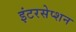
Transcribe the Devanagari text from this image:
इंटरसेप्शन